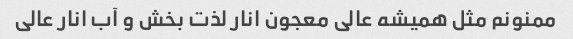
ممنونم مثل همیشه عالی معجون انار لذت بخش و آب انار عالی